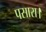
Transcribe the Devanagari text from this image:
पसारा।